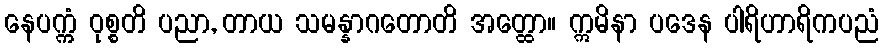
နေပက္ကံ ဝုစ္စတိ ပညာ, တာယ သမန္နာဂတောတိ အတ္ထော။ ဣမိနာ ပဒေန ပါရိဟာရိကပညံ